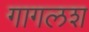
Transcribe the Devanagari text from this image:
गागलश